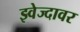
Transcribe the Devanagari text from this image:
झ्वेज्दावर